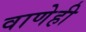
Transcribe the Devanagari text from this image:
वाणेही